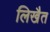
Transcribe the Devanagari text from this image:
लिखैत